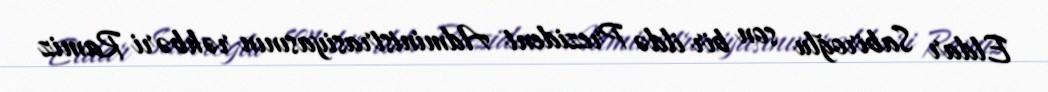
Eldar Sabiroğlu son bir ildə Prezident Administrasiyasının rəhbəri Ramiz